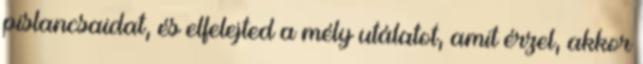
pislancsaidat, és elfelejted a mély utálatot, amit érzel, akkor